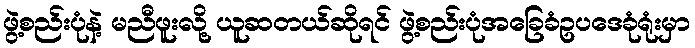
ဖွဲ့စည်းပုံနဲ့ မညီဖူးလို့ ယူဆတယ်ဆိုရင် ဖွဲ့စည်းပုံအခြေခံဥပဒေခုံရုံးမှာ